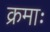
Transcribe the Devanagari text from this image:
क्रमाः